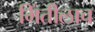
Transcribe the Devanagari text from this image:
भिंतीलाच